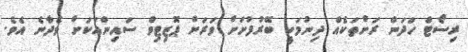
ރިސޯޓް ހަދަން ރަށްތަކެއް ދިނުމަކީ ބޭރުފުށަށް ވަރަށް ޕޮޒިޓިވް ސައިންއަކަށް ވެދާނެ އެވެ.